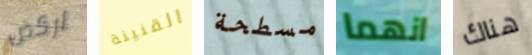
اركض القنينة مسطحة انهما هناك